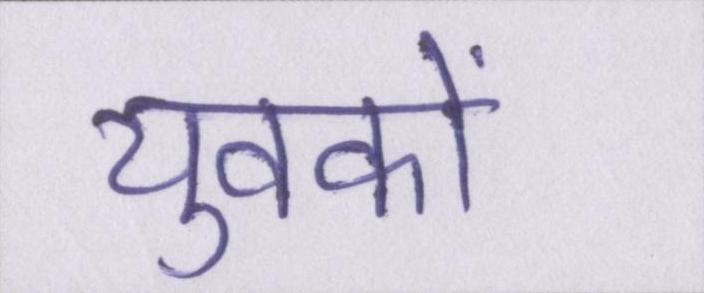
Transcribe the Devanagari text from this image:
युवकों